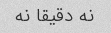
نه دقیقا نه